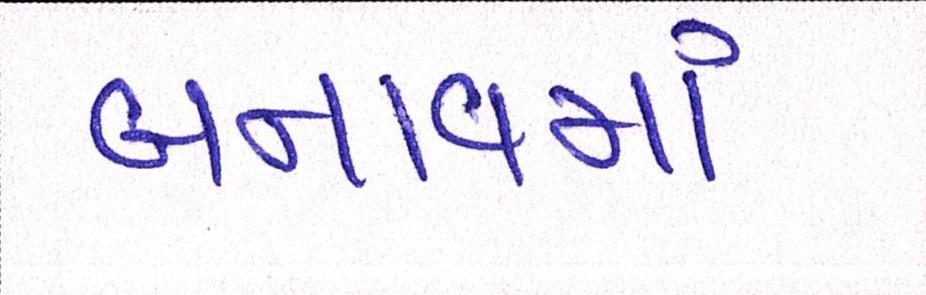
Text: બનાવમાં